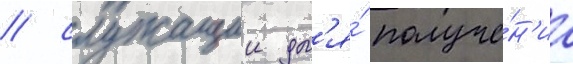
/ служащии дл'я́ получе́н'иа